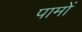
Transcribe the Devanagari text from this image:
पामों